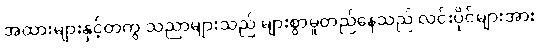
အထားများနှင့်တကွ သညာများသည် များစွာမူတည်နေသည် လင်းပိုင်များအား